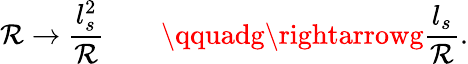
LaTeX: \mathcal{R}\rightarrow{\frac{{l_{s}^{2}}}{{\mathcal{R}}}}\qquad\qquadg\rightarrowg{\frac{{l_{s}}}{{\mathcal{R}}}}.